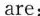
are: